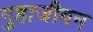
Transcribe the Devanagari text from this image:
गुहाजीवन